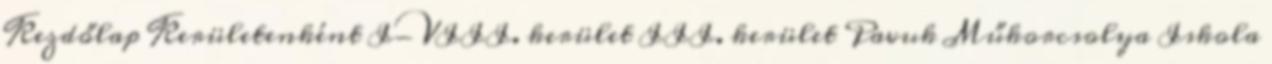
Kezdőlap Kerületenként I-VIII. kerület III. kerület Pavuk Műkorcsolya Iskola